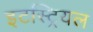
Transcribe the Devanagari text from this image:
इटस्ट्रियल